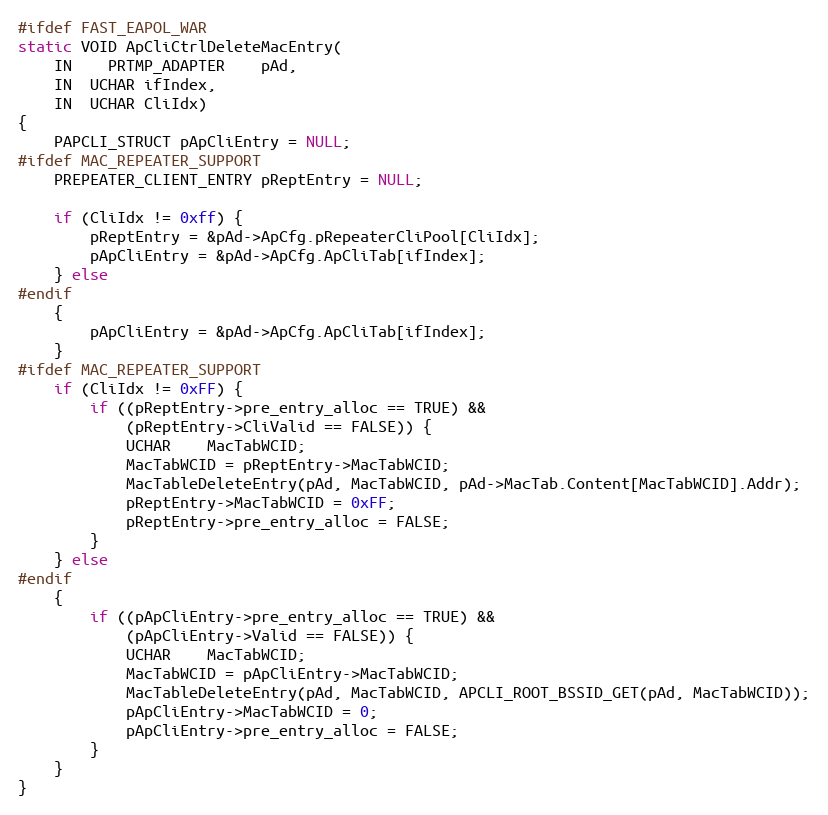
Language: C
#ifdef FAST_EAPOL_WAR
static VOID ApCliCtrlDeleteMacEntry(
	IN	PRTMP_ADAPTER	pAd,
	IN  UCHAR ifIndex,
	IN  UCHAR CliIdx)
{
	PAPCLI_STRUCT pApCliEntry = NULL;
#ifdef MAC_REPEATER_SUPPORT
	PREPEATER_CLIENT_ENTRY pReptEntry = NULL;

	if (CliIdx != 0xff) {
		pReptEntry = &pAd->ApCfg.pRepeaterCliPool[CliIdx];
		pApCliEntry = &pAd->ApCfg.ApCliTab[ifIndex];
	} else
#endif
	{
		pApCliEntry = &pAd->ApCfg.ApCliTab[ifIndex];
	}
#ifdef MAC_REPEATER_SUPPORT
	if (CliIdx != 0xFF) {
		if ((pReptEntry->pre_entry_alloc == TRUE) &&
			(pReptEntry->CliValid == FALSE)) {
			UCHAR	MacTabWCID;
			MacTabWCID = pReptEntry->MacTabWCID;
			MacTableDeleteEntry(pAd, MacTabWCID, pAd->MacTab.Content[MacTabWCID].Addr);
			pReptEntry->MacTabWCID = 0xFF;
			pReptEntry->pre_entry_alloc = FALSE;
		}
	} else
#endif
	{
		if ((pApCliEntry->pre_entry_alloc == TRUE) &&
			(pApCliEntry->Valid == FALSE)) {
			UCHAR	MacTabWCID;
			MacTabWCID = pApCliEntry->MacTabWCID;
			MacTableDeleteEntry(pAd, MacTabWCID, APCLI_ROOT_BSSID_GET(pAd, MacTabWCID));
			pApCliEntry->MacTabWCID = 0;
			pApCliEntry->pre_entry_alloc = FALSE;
		}
	}
}